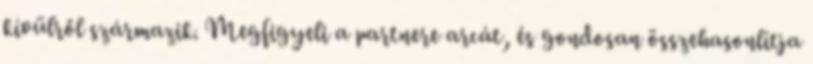
kívülről származik. Megfigyeli a partnere arcát, és gondosan összehasonlítja